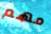
مهم